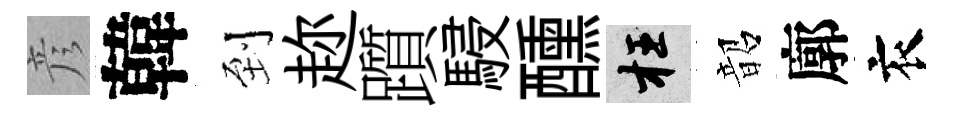
彦韓到趂躓駸醺枉韶廓衣